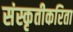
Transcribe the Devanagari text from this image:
संस्कृतीकरिता